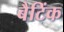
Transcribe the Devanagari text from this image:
बैटिंक